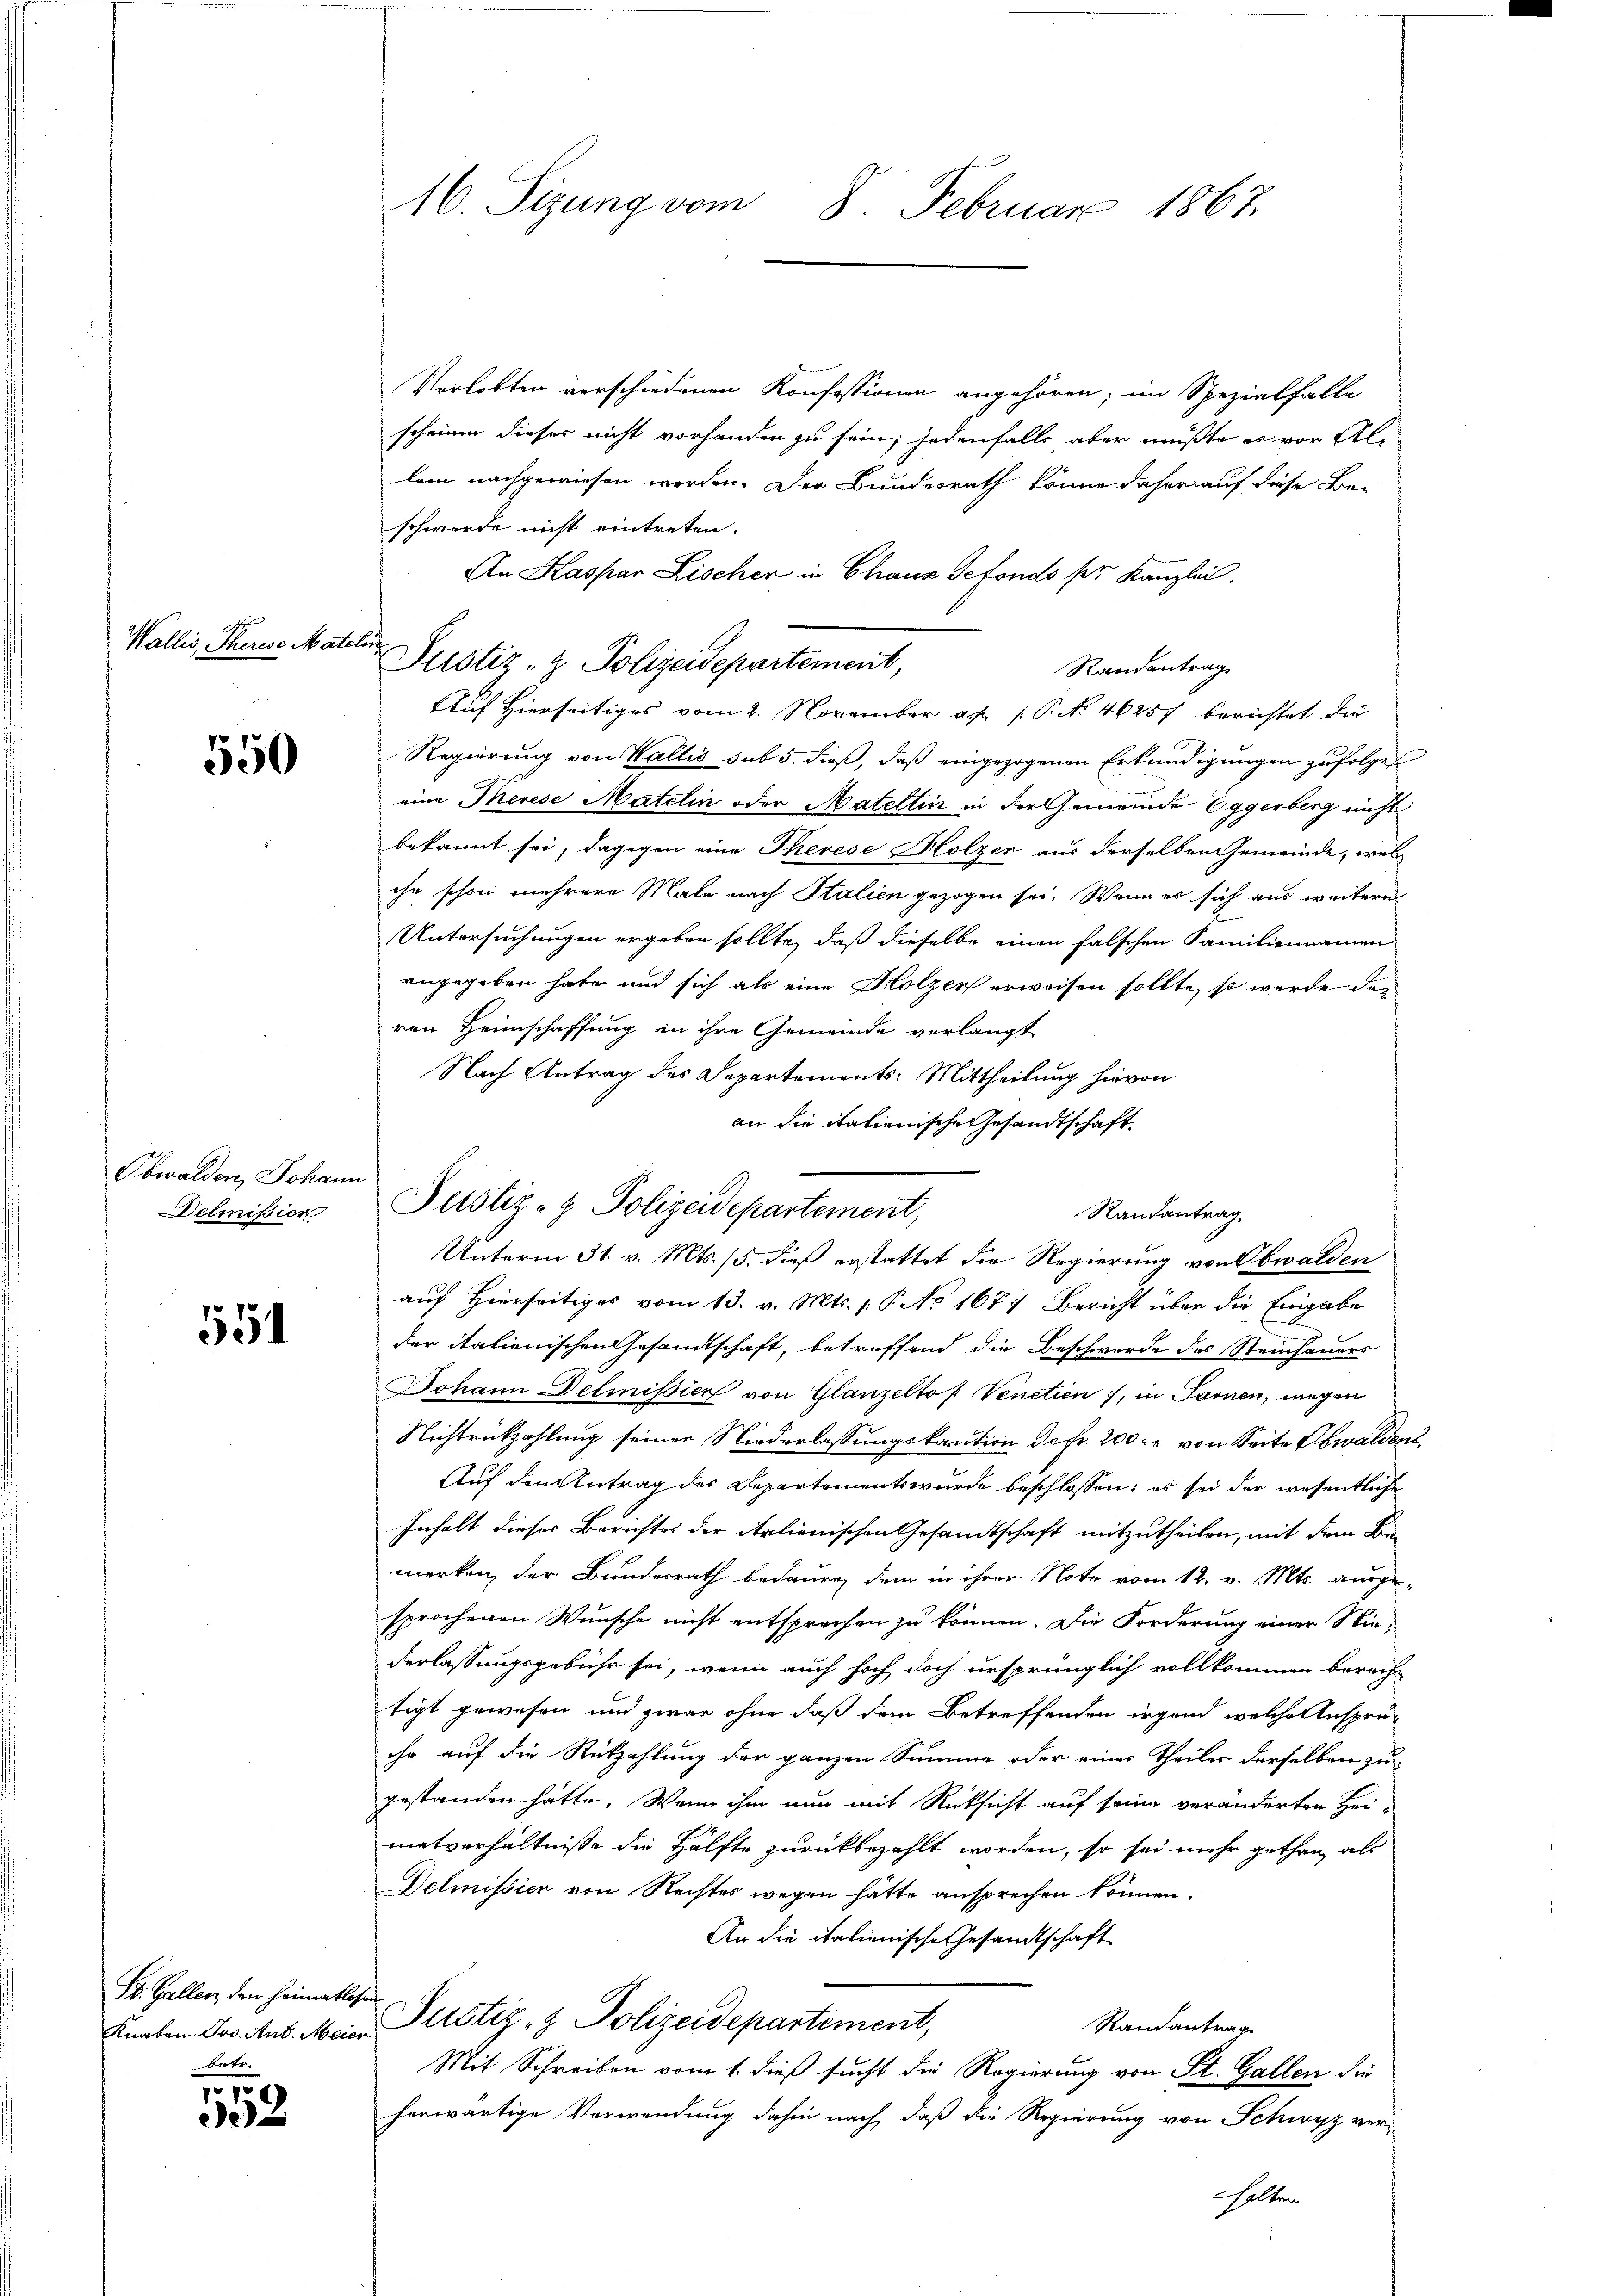
Wallis, Therese Mater

550

Obwalden, Johann
Delmission

551

St. Gallen, den Heimatlose
Knaton Jos. Ant. Meier
betr.

7
52

16. Sizung vom 8. Februar 1867.

Verlobten verschiedenen Konfessionen angehören; im Spezialfalle
scheinen dieses nicht vorhanden zu sein; jedenfalls aber mußte es vor Allem nachgewiesen werden. Der Bundesrath könne daher auf diese Be-
schwerde nicht eintreten.
An Kaspar Lischer in Chauz Sefonds ser Kanzlei.
Justiz- & Polizeidepartement,
Randantrag
Auf Hierseitiges vom 2. November ad 1. P. Nr. 46257 berichtet die
Regierung von Wallis sub 5. dieß, daß eingezogenen Erkundigungen zufolge
eine Therese Matelin oder Mateltin in der Gemeinde Eggerberg nicht
bekannt sei, dagegen eine Therese Holzer aus derselben Gemeinde, welihn schon mehrere Male nach Italien gezogen sei. Wenn es sich aus weitern
Untersuchungen ergeben sollte, daß dieselbe einen falschen Familiennamen
angegeben habe und sich als eine Holzer erweisen sollte, so werde der
ren Heimschaffung in ihre Gemeinde verlangt
Nach Antrag des Departements: Mittheilung hievon
an die itationische Gesandtschaft
Rautantrag
Unterm 31. v. Mts. 15. dieß erstattet die Regierung von Obwalden
auf Hierseitiges vom 13. v. Mts. 1. P. No 167) Bericht über die Eingabe
der italienischen Gesandtschaft, betreffend die Beschwerde des Steinsames
Johann Delmission von Glanzeltof. Venetien, in Sarnen, wegen
Nichtrückzahlung seiner Niederlassungskanction de fr. 200. von Seite Obwaldens
Auf den Antrag des Departements wurde beschlossen; es sei der wesentliche
Inhalt dieser Berichtes der italienischen Gesandtschaft mitzutheilen, mit dem Be
merken, der Bundesrath bedauen, dem in ihrer Note vom 12. v. Mts. ausge-
sprochenen Wunsche nicht entsprechen zu können. Die Forderung einer Niederlassungsgebühr sei, wenn auch hoch doch ursprünglich vollkommen berecht
tigt gewesen und zwar ohne daß dem Betreffenden irgend welche Ansprüihr auf die Rükzahlung der ganzen Summe oder eines Theiles derselben zu
gestanden hätte. Wenn ihm nun mit Rücksicht auf seine veränderten Hei-
metverhältnisse die Hälfte zurückbezahlt worden, so sei mehr gethan, als
Delmissier von Rechtes wegen hätte ansprechen können.
An die italienische Gesandtschaft
Justiz- & Polizeidepartement,
Rainantrage
Mit Schreiben vom 1. dieß sucht die Regierung von St. Gallen die
herwärtige Verwendung dahin nach, daß die Regierung von Schwyz veralten

¬

Justiz- & Polizeidepartement,